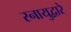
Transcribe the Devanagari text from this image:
स्नायुद्वारे